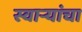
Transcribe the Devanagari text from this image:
स्वार्‍यांचा